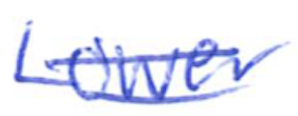
Text: Lower
Cross-out: double-line
Writing tool: ballpoint